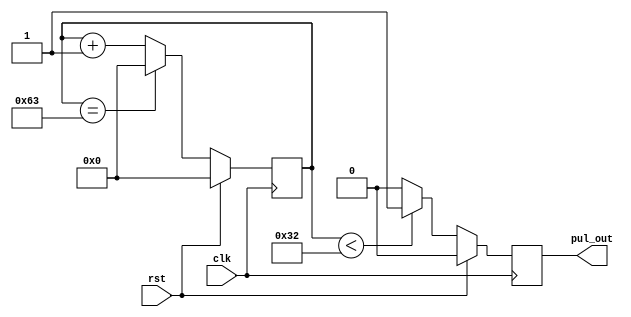
module PulGen(
  input clk,        
  input rst,        
  output reg pul_out  
);
  parameter PERIOD = 100;  
  parameter WIDTH = 50;    //50 percent duty cycle
  reg [PERIOD-1:0] count; //a ctr to count for 1 full period

  always @(posedge clk) begin
    if (rst) begin
      count <= 0;
      pul_out <= 1'b0;
    end else begin
      if (count < WIDTH) begin
        pul_out <= 1'b1;
      end else begin
        pul_out <= 1'b0;
      end
      if (count == PERIOD - 1) begin
        count <= 0;
      end else begin
        count <= count + 1;
      end
    end
  end
endmodule